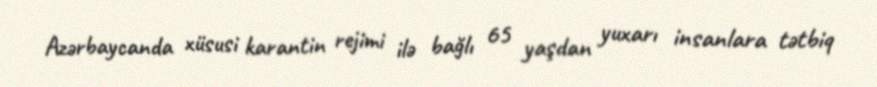
Azərbaycanda xüsusi karantin rejimi ilə bağlı 65 yaşdan yuxarı insanlara tətbiq